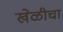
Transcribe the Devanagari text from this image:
खेळीचा